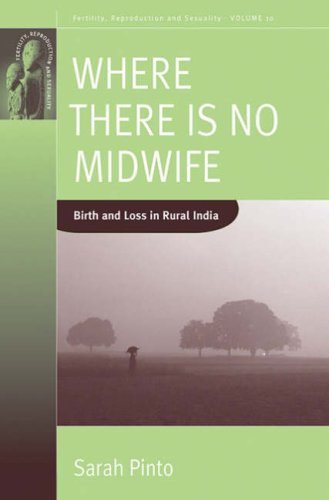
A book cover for Where There Is No Midwife: Birth and Loss in Rural India (Fertility, Reproduction & Sexuality) (Fertility, Reproduction, and Sexuality); Sarah Pinto; Medical Books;